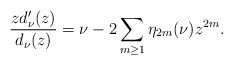
\begin{align*}\frac{zd_{\nu}'(z)}{d_{\nu}(z)}=\nu-2\sum_{m\geq 1}\eta_{2m}(\nu)z^{2m}.\end{align*}